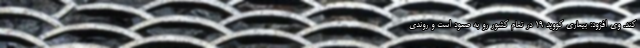
کند. وی افزود: بیماری کووید 19 در تمام کشور رو به صعود است و روندی